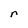
Character: r